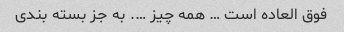
فوق العاده است … همه چیز …. به جز بسته بندی